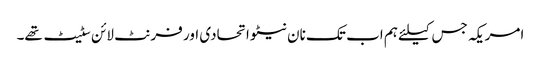
امریکہ جس کیلئے ہم اب تک نان نیٹو اتحادی اور فرنٹ لائن سٹیٹ تھے۔